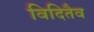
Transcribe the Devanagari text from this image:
विदितैव